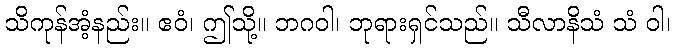
သိကုန်အံ့နည်း။ ဧဝံ၊ ဤသို့။ ဘဂဝါ၊ ဘုရားရှင်သည်။ သီလာနိသံ သံ ဝါ၊